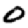
Digit: 0